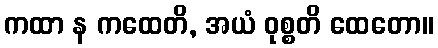
ကထာ န ကထေတိ, အယံ ဝုစ္စတိ ထေတော။